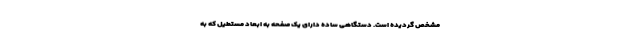
مشخص گردیده است. دستگاهی ساده دارای یک صفحه به ابعاد مستطیل که به